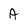
Character: A